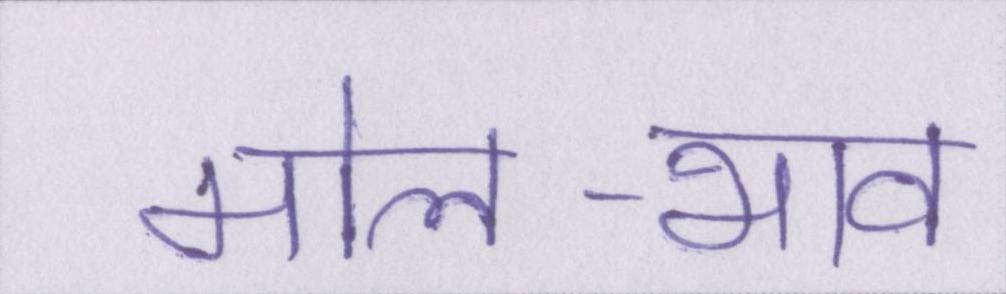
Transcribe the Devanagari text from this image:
मोल-भाव